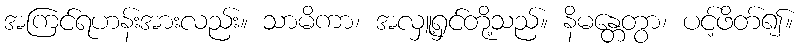
အကြင်ရဟန်းအားလည်း။ သာမိကာ၊ အလှူ့ရှင်တို့သည်။ နိမန္တေတွာ၊ ပင့်ဖိတ်၍။